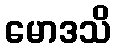
မောဒသိ